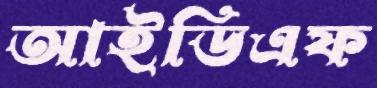
আইডিএফ